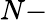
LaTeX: N-